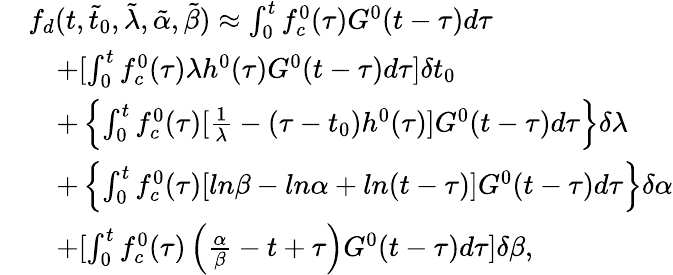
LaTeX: \begin{array}{rl}&{f_{d}(t,\tilde{t}_{0},\tilde{\lambda},\tilde{\alpha},\tilde{\beta})\approx\int_{0}^{t}{f_{c}^{0}(\tau)G^{0}(t-\tau)d\tau}}\\ &{\quad+[\int_{0}^{t}{f_{c}^{0}(\tau)\lambda h^{0}(\tau)G^{0}(t-\tau)d\tau}]\delta t_{0}}\\ &{\quad+\left\lbrace\int_{0}^{t}{f_{c}^{0}(\tau)[\frac{1}{\lambda}-(\tau-t_{0})h^{0}(\tau)]G^{0}(t-\tau)d\tau}\right\rbrace\delta\lambda}\\ &{\quad+\left\lbrace\int_{0}^{t}{f_{c}^{0}(\tau)[ln\beta-ln\alpha+ln(t-\tau)]G^{0}(t-\tau)d\tau}\right\rbrace\delta\alpha}\\ &{\quad+[\int_{0}^{t}{f_{c}^{0}(\tau)\left(\frac{\alpha}{\beta}-t+\tau\right)G^{0}(t-\tau)d\tau}]\delta\beta,}\end{array}